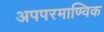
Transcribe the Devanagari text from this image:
अपपरमाण्विक